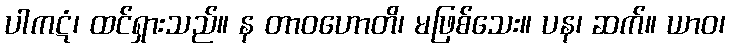
ပါကဋံ၊ ထင်ရှားသည်။ န တာဝဟောတိ၊ မဖြစ်သေး။ ပန၊ ဆက်။ ယာဝ၊